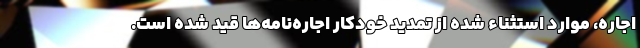
اجاره، موارد استثناء شده از تمدید خودکار اجاره‌نامه‌ها قید شده است.